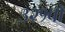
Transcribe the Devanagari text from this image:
३२१वॉ